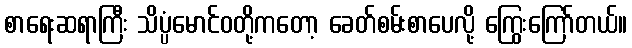
စာရေးဆရာကြီး သိပ္ပံမောင်ဝတို့ကတော့ ခေတ်စမ်းစာပေလို့ ကြွေးကြော်တယ်။